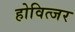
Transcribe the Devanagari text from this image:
होवित्जर